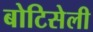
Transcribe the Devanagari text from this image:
बोटिसेली